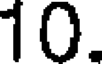
10.